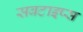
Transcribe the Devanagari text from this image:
सबटाइप्स